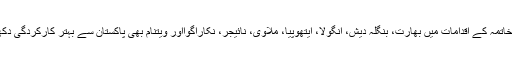
بھوک کے خاتمہ کے اقدامات میں بھارت، بنگلہ دیش، انگولا، ایتھوپیا، ملاوی، نائیجر، نکاراگوااور ویتنام بھی پاکستان سے بہتر کارکردگی دکھا رہے ہیں۔